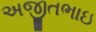
અજીતભાઇ